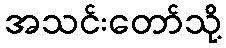
အသင်းတော်သို့